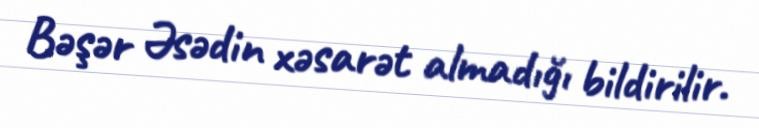
Bəşər Əsədin xəsarət almadığı bildirilir.